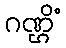
ဂဏ္ဌိံ